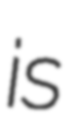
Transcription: is